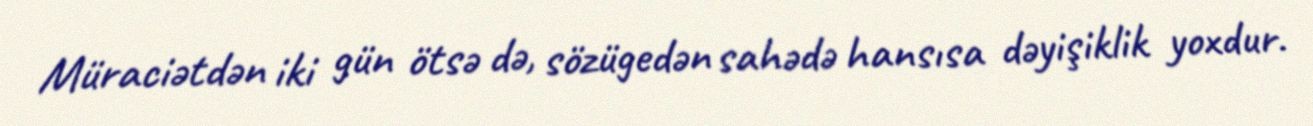
Müraciətdən iki gün ötsə də, sözügedən sahədə hansısa dəyişiklik yoxdur.